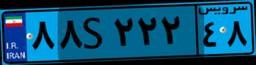
۵۰S۶۳۰۱۹